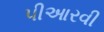
પીઆરવી